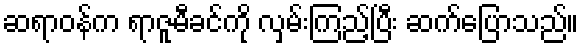
ဆရာဝန်က ရာဇူမီခင်ကို လှမ်းကြည့်ပြီး ဆက်ပြောသည်။